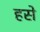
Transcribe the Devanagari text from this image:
हसे